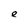
Character: e